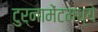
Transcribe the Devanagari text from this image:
टुर्नामेंटमध्ये